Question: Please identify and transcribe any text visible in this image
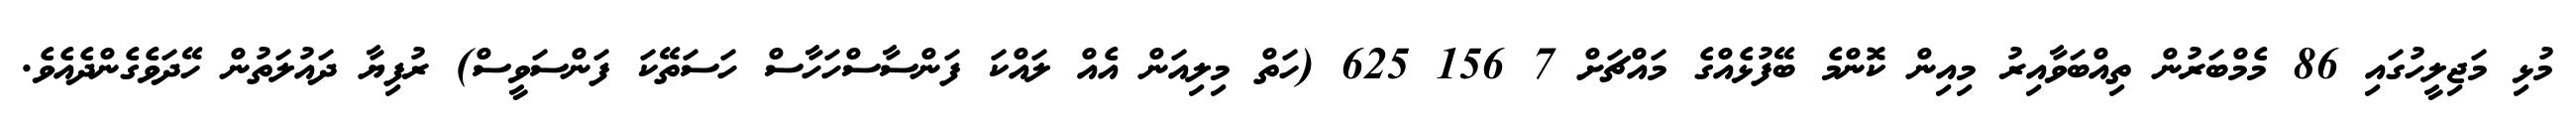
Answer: މުޅި މަޖިލީހުގައި 86 މެމްބަރުން ތިއްބަވާއިރު މިއިން ކޮންމެ ބޭފުޅެއްގެ މައްޗަށް 7 156 625 (ހަތް މިލިއަން އެއް ލައްކަ ފަންސާސްހަހާސް ހަސަތޭކަ ފަންސަވީސް) ރުފިޔާ ދައުލަތުން ހޭދަވެގެންދެއެވެ.